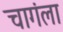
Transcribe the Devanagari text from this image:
चागंला